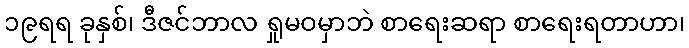
၁၉ရရ ခုနှစ်၊ ဒီဇင်ဘာလ ရှုမဝမှာဘဲ စာရေးဆရာ စာရေးရတာဟာ၊